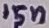
Text: 15n